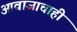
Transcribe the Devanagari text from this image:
आवाजाचाही